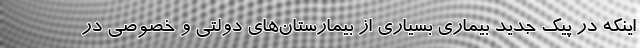
اینکه در پیک جدید بیماری بسیاری از بیمارستان‌های دولتی و خصوصی در